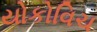
યોકોવિચ